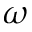
\omega